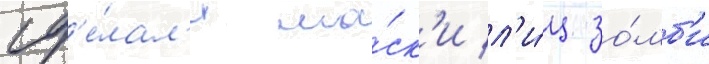
сд'е́лал'и ма́ск'и л'и́ц зо́мб'и